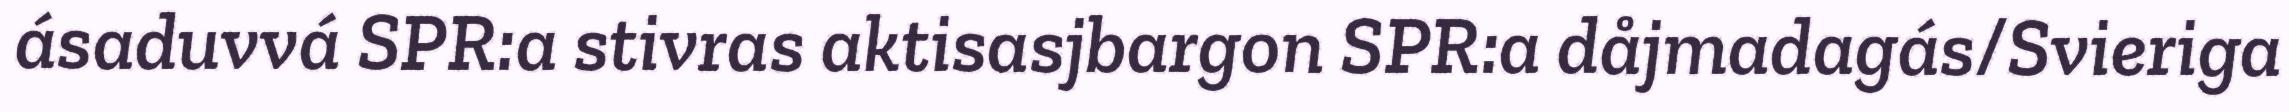
ásaduvvá SPR:a stivras aktisasjbargon SPR:a dåjmadagás/Svieriga